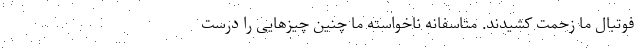
فوتبال ما زحمت کشیدند. متاسفانه ناخواسته ما چنین چیزهایی را درست